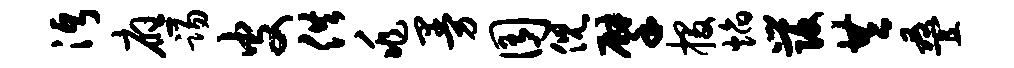
沔应踢皮供兆曼囿倪擘投焰发共叠